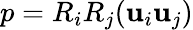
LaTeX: p=R_{i}R_{j}(\mathbf{u}_{i}\mathbf{u}_{j})